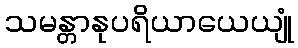
သမန္တာနုပရိယာယေယျုံ